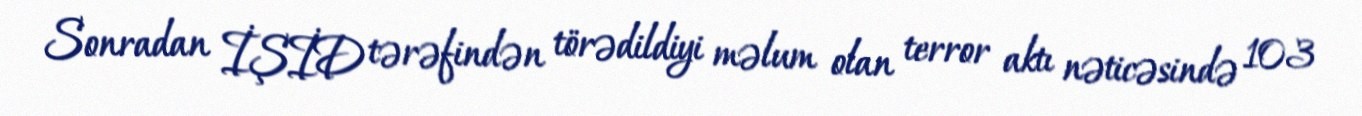
Sonradan İŞİD tərəfindən törədildiyi məlum olan terror aktı nəticəsində 103